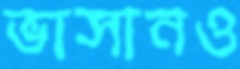
ভাসানও